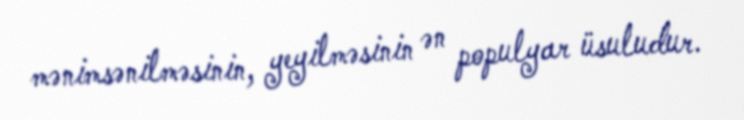
mənimsənilməsinin, yeyilməsinin ən populyar üsuludur.